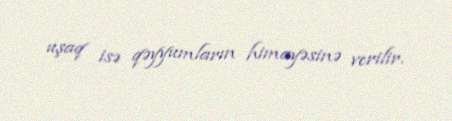
uşaq isə qəyyumların himayəsinə verilir.